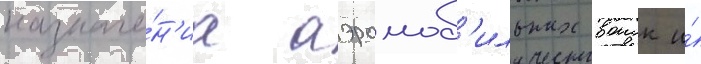
назначе́н'иа аэромоб'ильных воиск и́